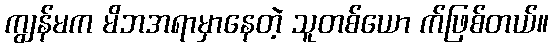
ကျွန်မက မိဘအရာမှာနေတဲ့ သူတစ်ယော က်ဖြစ်တယ်။